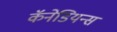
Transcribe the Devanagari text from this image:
कॅनेडियन्स